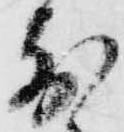
前